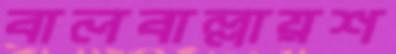
বালবাল্লায়শ